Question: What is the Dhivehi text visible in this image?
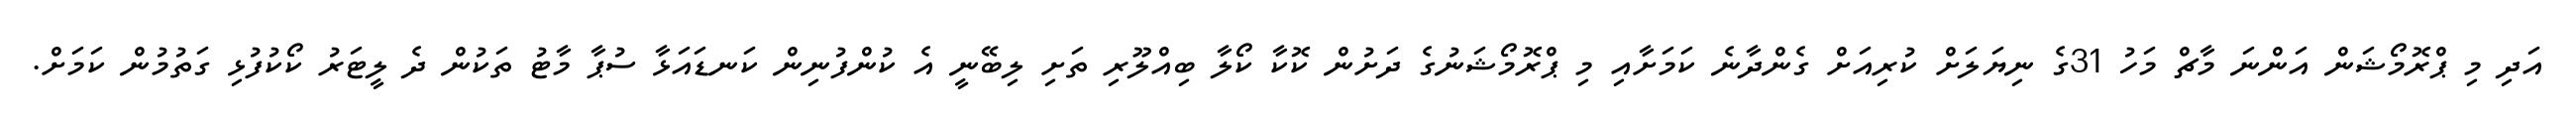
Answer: އަދި މި ޕްރޮމޯޝަން އަންނަ މާޗް މަހު 31ގެ ނިޔަލަށް ކުރިއަށް ގެންދާނެ ކަމަށާއި މި ޕްރޮމޯޝަނުގެ ދަށުން ކޮކާ ކޯލާ ބިއްލޫރި ތަށި ލިބޭނީ އެ ކުންފުނިން ކަނޑައަޅާ ސުޕާ މާޓު ތަކުން ދެ ލީޓަރު ކޯކުފުޅި ގަތުމުން ކަމަށް.